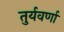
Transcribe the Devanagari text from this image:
तुर्यवर्णा